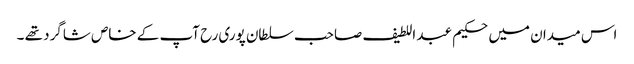
اس میدان میں حکیم عبد اللطیف صاحب سلطان پوری رح آپ کے خاص شاگرد تھے ۔